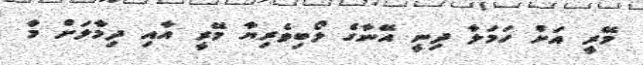
މޭރީ އަށް ހަމަލާ ދިނީ އޭނާގެ ލޯބިވެރިޔާ މޭރީ އާއި ދިމާލަށް މާ